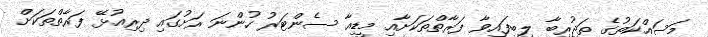
މަސައްކަތުގެ ތަޖުރިބާ ލިބިފައިވާ ފަރާތްތަކަށާއި މީޑިއާ ސެންޓަރު ހުންނަ ރަށުގައި ދިރިއުޅޭ ފަރާތްތަކަށް